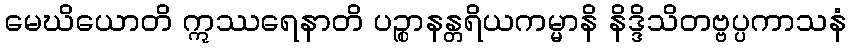
မေဃိယောတိ ဣဿရေနာတိ ပဉ္စာနန္တရိယကမ္မာနိ နိဒ္ဒိသိတဗ္ဗပ္ပကာသနံ